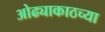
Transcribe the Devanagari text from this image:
ओढ्याकाठच्या